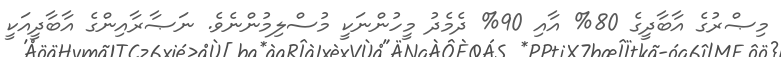
މިޞްރުގެ އާބާދީގެ 80% އާއި 90% ދެމެދު މީހުންނަކީ މުސްލިމުންނެވެ. ނަޞާރާއިންގެ އާބާދީއަކީ